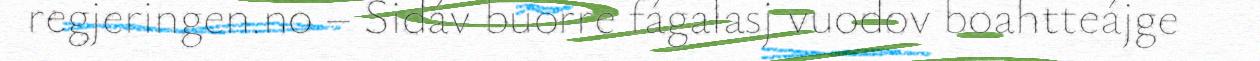
regjeringen.no – Sidáv buorre fágalasj vuodov boahtteájge